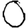
Digit: 0